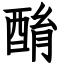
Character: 酳